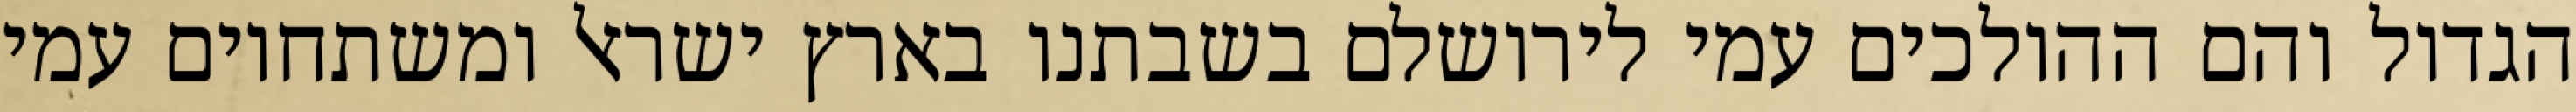
הגדול והם ההולכים עמי לירושלם בשבתנו בארץ ישראל ומשתחוים עמי